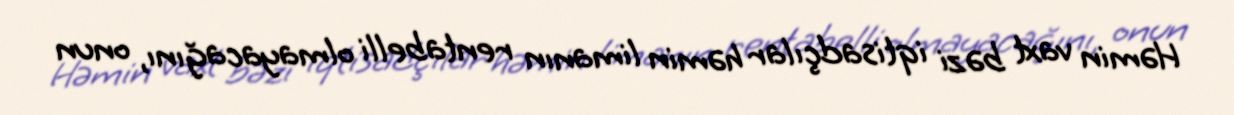
Həmin vaxt bəzi iqtisadçılar həmin limanın rentabelli olmayacağını, onun